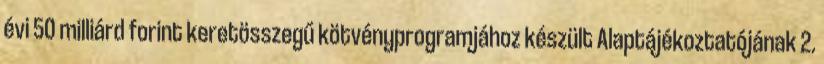
évi 50 milliárd forint keretösszegű kötvényprogramjához készült Alaptájékoztatójának 2.